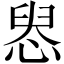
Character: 惥